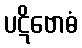
ပဋိဗောဓံ